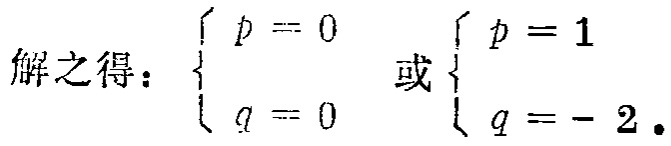
解之得：$\begin{cases} p = 0 \\ q = 0 \end{cases}$ 或 $\begin{cases} p = 1 \\ q = - 2 \end{cases}$.